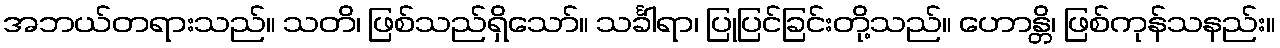
အဘယ်တရားသည်။ သတိ၊ ဖြစ်သည်ရှိသော်။ သင်္ခါရာ၊ ပြုပြင်ခြင်းတို့သည်။ ဟောန္တိ၊ ဖြစ်ကုန်သနည်း။